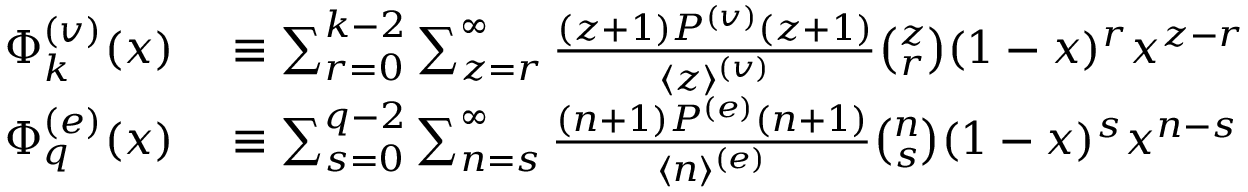
\begin{array} { r l } { \Phi _ { k } ^ { ( v ) } ( x ) } & { { } \equiv \sum _ { r = 0 } ^ { k - 2 } \sum _ { z = r } ^ { \infty } { \frac { ( z + 1 ) P ^ { ( v ) } ( z + 1 ) } { \langle z \rangle ^ { ( v ) } } } \binom { z } { r } ( 1 - x ) ^ { r } x ^ { z - r } } \\ { \Phi _ { q } ^ { ( e ) } ( x ) } & { { } \equiv \sum _ { s = 0 } ^ { q - 2 } \sum _ { n = s } ^ { \infty } { \frac { ( n + 1 ) P ^ { ( e ) } ( n + 1 ) } { \langle n \rangle ^ { ( e ) } } } \binom { n } { s } ( 1 - x ) ^ { s } x ^ { n - s } } \end{array}